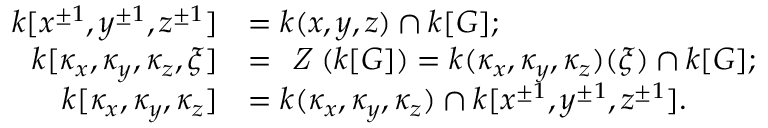
\begin{array} { r l } { k [ x ^ { \pm 1 } , y ^ { \pm 1 } , z ^ { \pm 1 } ] } & { = k ( x , y , z ) \cap k [ G ] ; } \\ { k [ \kappa _ { x } , \kappa _ { y } , \kappa _ { z } , \xi ] } & { = \emph { Z } ( k [ G ] ) = k ( \kappa _ { x } , \kappa _ { y } , \kappa _ { z } ) ( \xi ) \cap k [ G ] ; } \\ { k [ \kappa _ { x } , \kappa _ { y } , \kappa _ { z } ] } & { = k ( \kappa _ { x } , \kappa _ { y } , \kappa _ { z } ) \cap k [ x ^ { \pm 1 } , y ^ { \pm 1 } , z ^ { \pm 1 } ] . } \end{array}